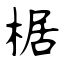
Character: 椐